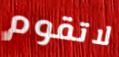
لاتقوم